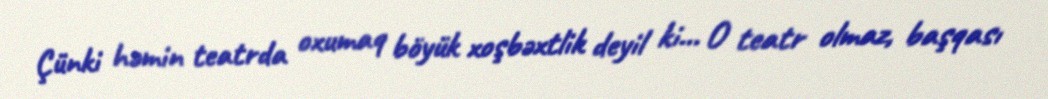
Çünki həmin teatrda oxumaq böyük xoşbəxtlik deyil ki... O teatr olmaz, başqası